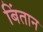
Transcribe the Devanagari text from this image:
बिंतान